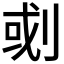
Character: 𠜻